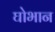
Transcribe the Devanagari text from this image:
घोभान